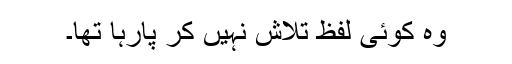
وہ کوئی لفظ تلاش نہیں کر پارہا تھا۔